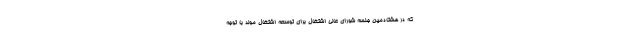
که در هشتادمین جلسه شورای عالی اشتغال برای توسعه اشتغال مولد با توجه